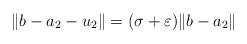
\begin{align*}\|b-a_2-u_2\|=(\sigma+\varepsilon)\|b-a_2\|\end{align*}